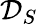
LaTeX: \mathcal{D}_{S}